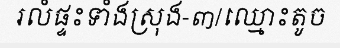
រលំផ្ទះទាំងស្រុង-៣/ឈ្មោះតូច